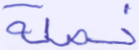
خصلة